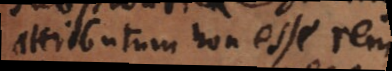
attributum non esse rem,